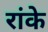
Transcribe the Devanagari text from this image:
रांके